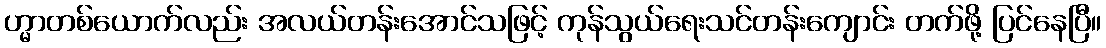
ဟ္မာတစ်ယောက်လည်း အလယ်တန်းအောင်သဖြင့် ကုန်သွယ်ရေးသင်တန်းကျောင်း တက်ဖို့ ပြင်နေပြီ။